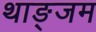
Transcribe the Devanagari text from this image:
थाङ्जम